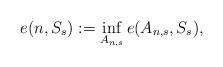
LaTeX: \begin{align*}e(n,S_s):=\inf_{A_{n,s}} e(A_{n,s},S_s),\end{align*}